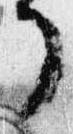
了